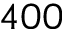
4 0 0